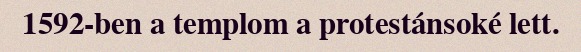
1592-ben a templom a protestánsoké lett.